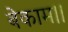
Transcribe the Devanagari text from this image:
बेकाम।।